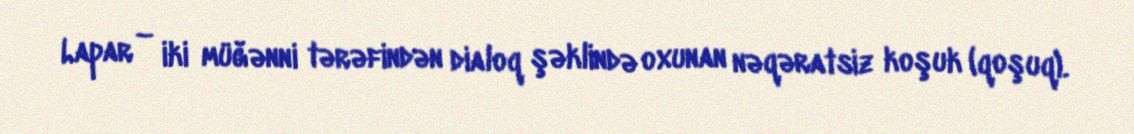
Lapar – iki müğənni tərəfindən dialoq şəklində oxunan nəqəratsiz koşuk (qoşuq).